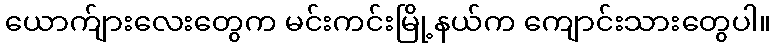
ယောက်ျားလေးတွေက မင်းကင်းမြို့နယ်က ကျောင်းသားတွေပါ။